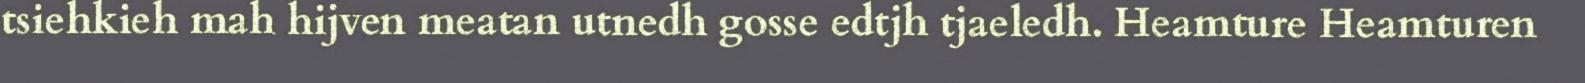
tsiehkieh mah hijven meatan utnedh gosse edtjh tjaeledh. Heamture Heamturen